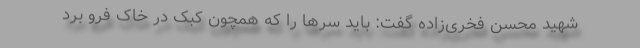
شهید محسن فخری‌زاده گفت: باید سرها را که همچون کبک در خاک فرو برد